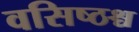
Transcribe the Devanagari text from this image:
वसिष्ठश्च